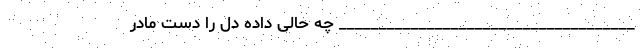
_____________________________________ چه حالی داده دل را دست مادر